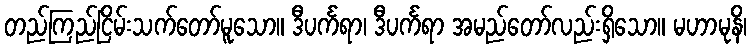
တည်ကြည်ငြိမ်းသက်တော်မူသော။ ဒီပင်္ကရာ၊ ဒီပင်္ကရာ အမည်တော်လည်းရှိသော။ မဟာမုနိ၊